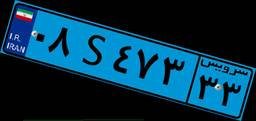
۰۸S۴۷۳۳۳